Annual vaccination report of Bihar and Orissa - 1911-1928
Year: 1911
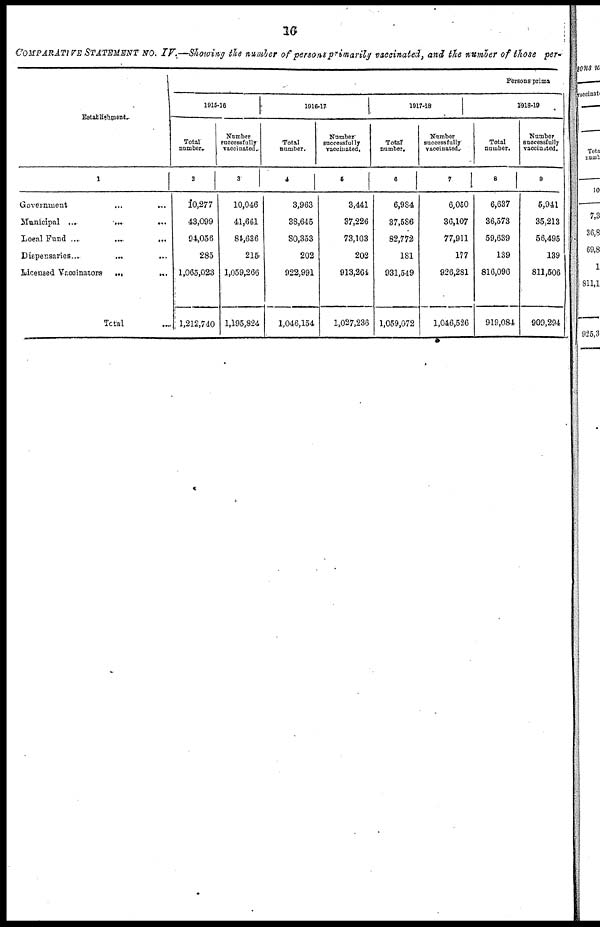
16
COMPARATIVE STATEMENT No. IV.—Showing the number of persons primarily vaccinated, and the number of those per.
Establishment.
1
Government
...
...
Municipal ...
... ...
Local Fund ...
... ...
Dispensaries ...
...
Licensed Vaccinators ...
...
Total ...
Persons prime
1915-16
Total
number.
2
10,277
43,099
94,056
285
1,065,023
1,212,740
Number
successfully
vaccinated.
3
10,046
41,661
84,636
215
1,059,266
1,195,824
1916-17
Total
number.
4
3,963
38,645
80,353
202
922,991
1,046,154
Number
successfully
vaccinated.
5
3,441
37,226
73,103
202
913,264
1,027,236
1917-18
Total
number.
6
6,984
37,586
82,772
181
931,549
1,059,072
Number
success fully
vaccinated.
7
6,050
36,107
77,911
177
926,281
1,046,526
1918-19
Total
number.
8
6,637
36,573
59,639
139
816,096
919,084
Number
successfully
vaccinated.
9
5,941
35,213
56,495
139
811,506
909,294